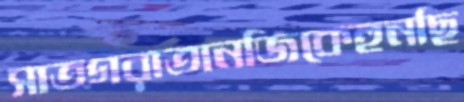
সাতগরাতানজিকেহুনছি